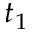
t _ { 1 }